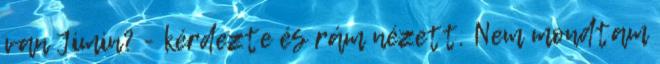
van Jimin? - kérdezte és rám nézett. Nem mondtam